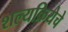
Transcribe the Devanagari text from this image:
शल्यक्रियेचे